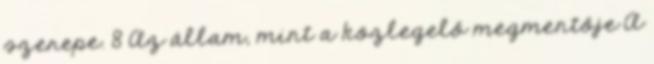
szerepe. 8 Az állam, mint a közlegelő megmentője A